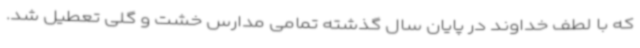
که با لطف خداوند در پایان سال گذشته تمامی مدارس خشت و گلی تعطیل شد.